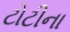
ટોટીના